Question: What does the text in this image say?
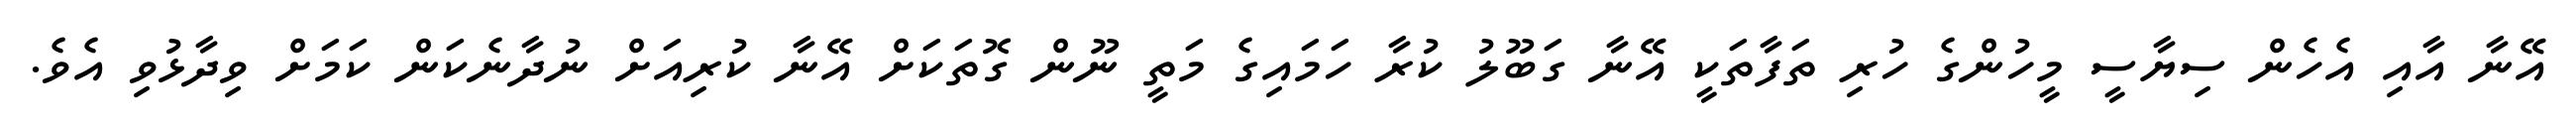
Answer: އޭނާ އާއި އެހެން ސިޔާސީ މީހުންގެ ހުރި ތަފާތަކީ އޭނާ ގަބޫލު ކުރާ ހަމައިގެ މަތީ ނޫން ގޮތަކަށް އޭނާ ކުރިއަށް ނުދާނެކަން ކަމަށް ވިދާޅުވި އެވެ.